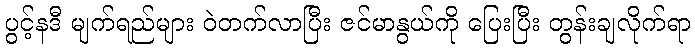
ပွင့်နဒီ မျက်ရည်များ ဝဲတက်လာပြီး ဇင်မာနွယ်ကို ပြေးပြီး တွန်းချလိုက်ရာ